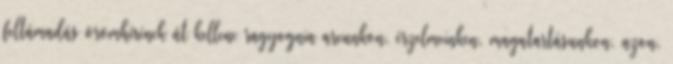
feltámadás örömhírének át kellene ragyognia arcunkon, érzelmeinken, magatartásunkon, azon,